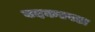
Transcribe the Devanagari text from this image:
बदकएवढा